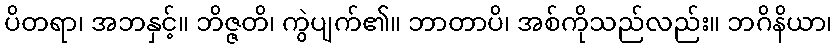
ပိတရာ၊ အဘနှင့်။ ဘိဇ္ဇတိ၊ ကွဲပျက်၏။ ဘာတာပိ၊ အစ်ကိုသည်လည်း။ ဘဂိနိယာ၊